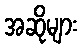
အဆိုများ